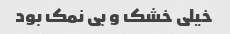
خیلی خشک و بی نمک بود